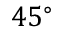
4 5 ^ { \circ }